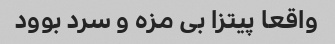
واقعا پیتزا بی مزه و سرد بوود